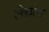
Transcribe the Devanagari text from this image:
लैक्रोज़